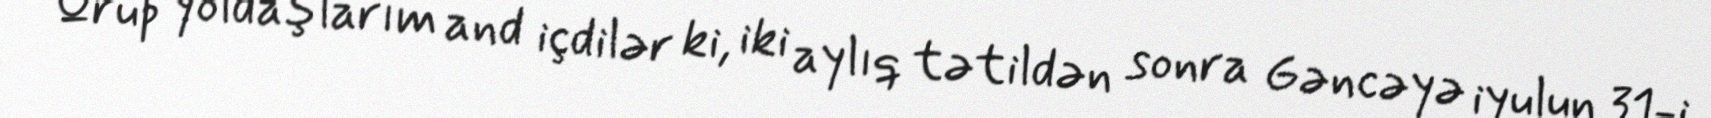
Qrup yoldaşlarım and içdilər ki, iki aylıq tətildən sonra Gəncəyə iyulun 31-i